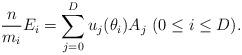
LaTeX: \begin{align*} \frac{n}{m_i}E_i=\sum_{j=0}^D u_j(\theta_i)A_j ~(0\leq i\leq D). \end{align*}